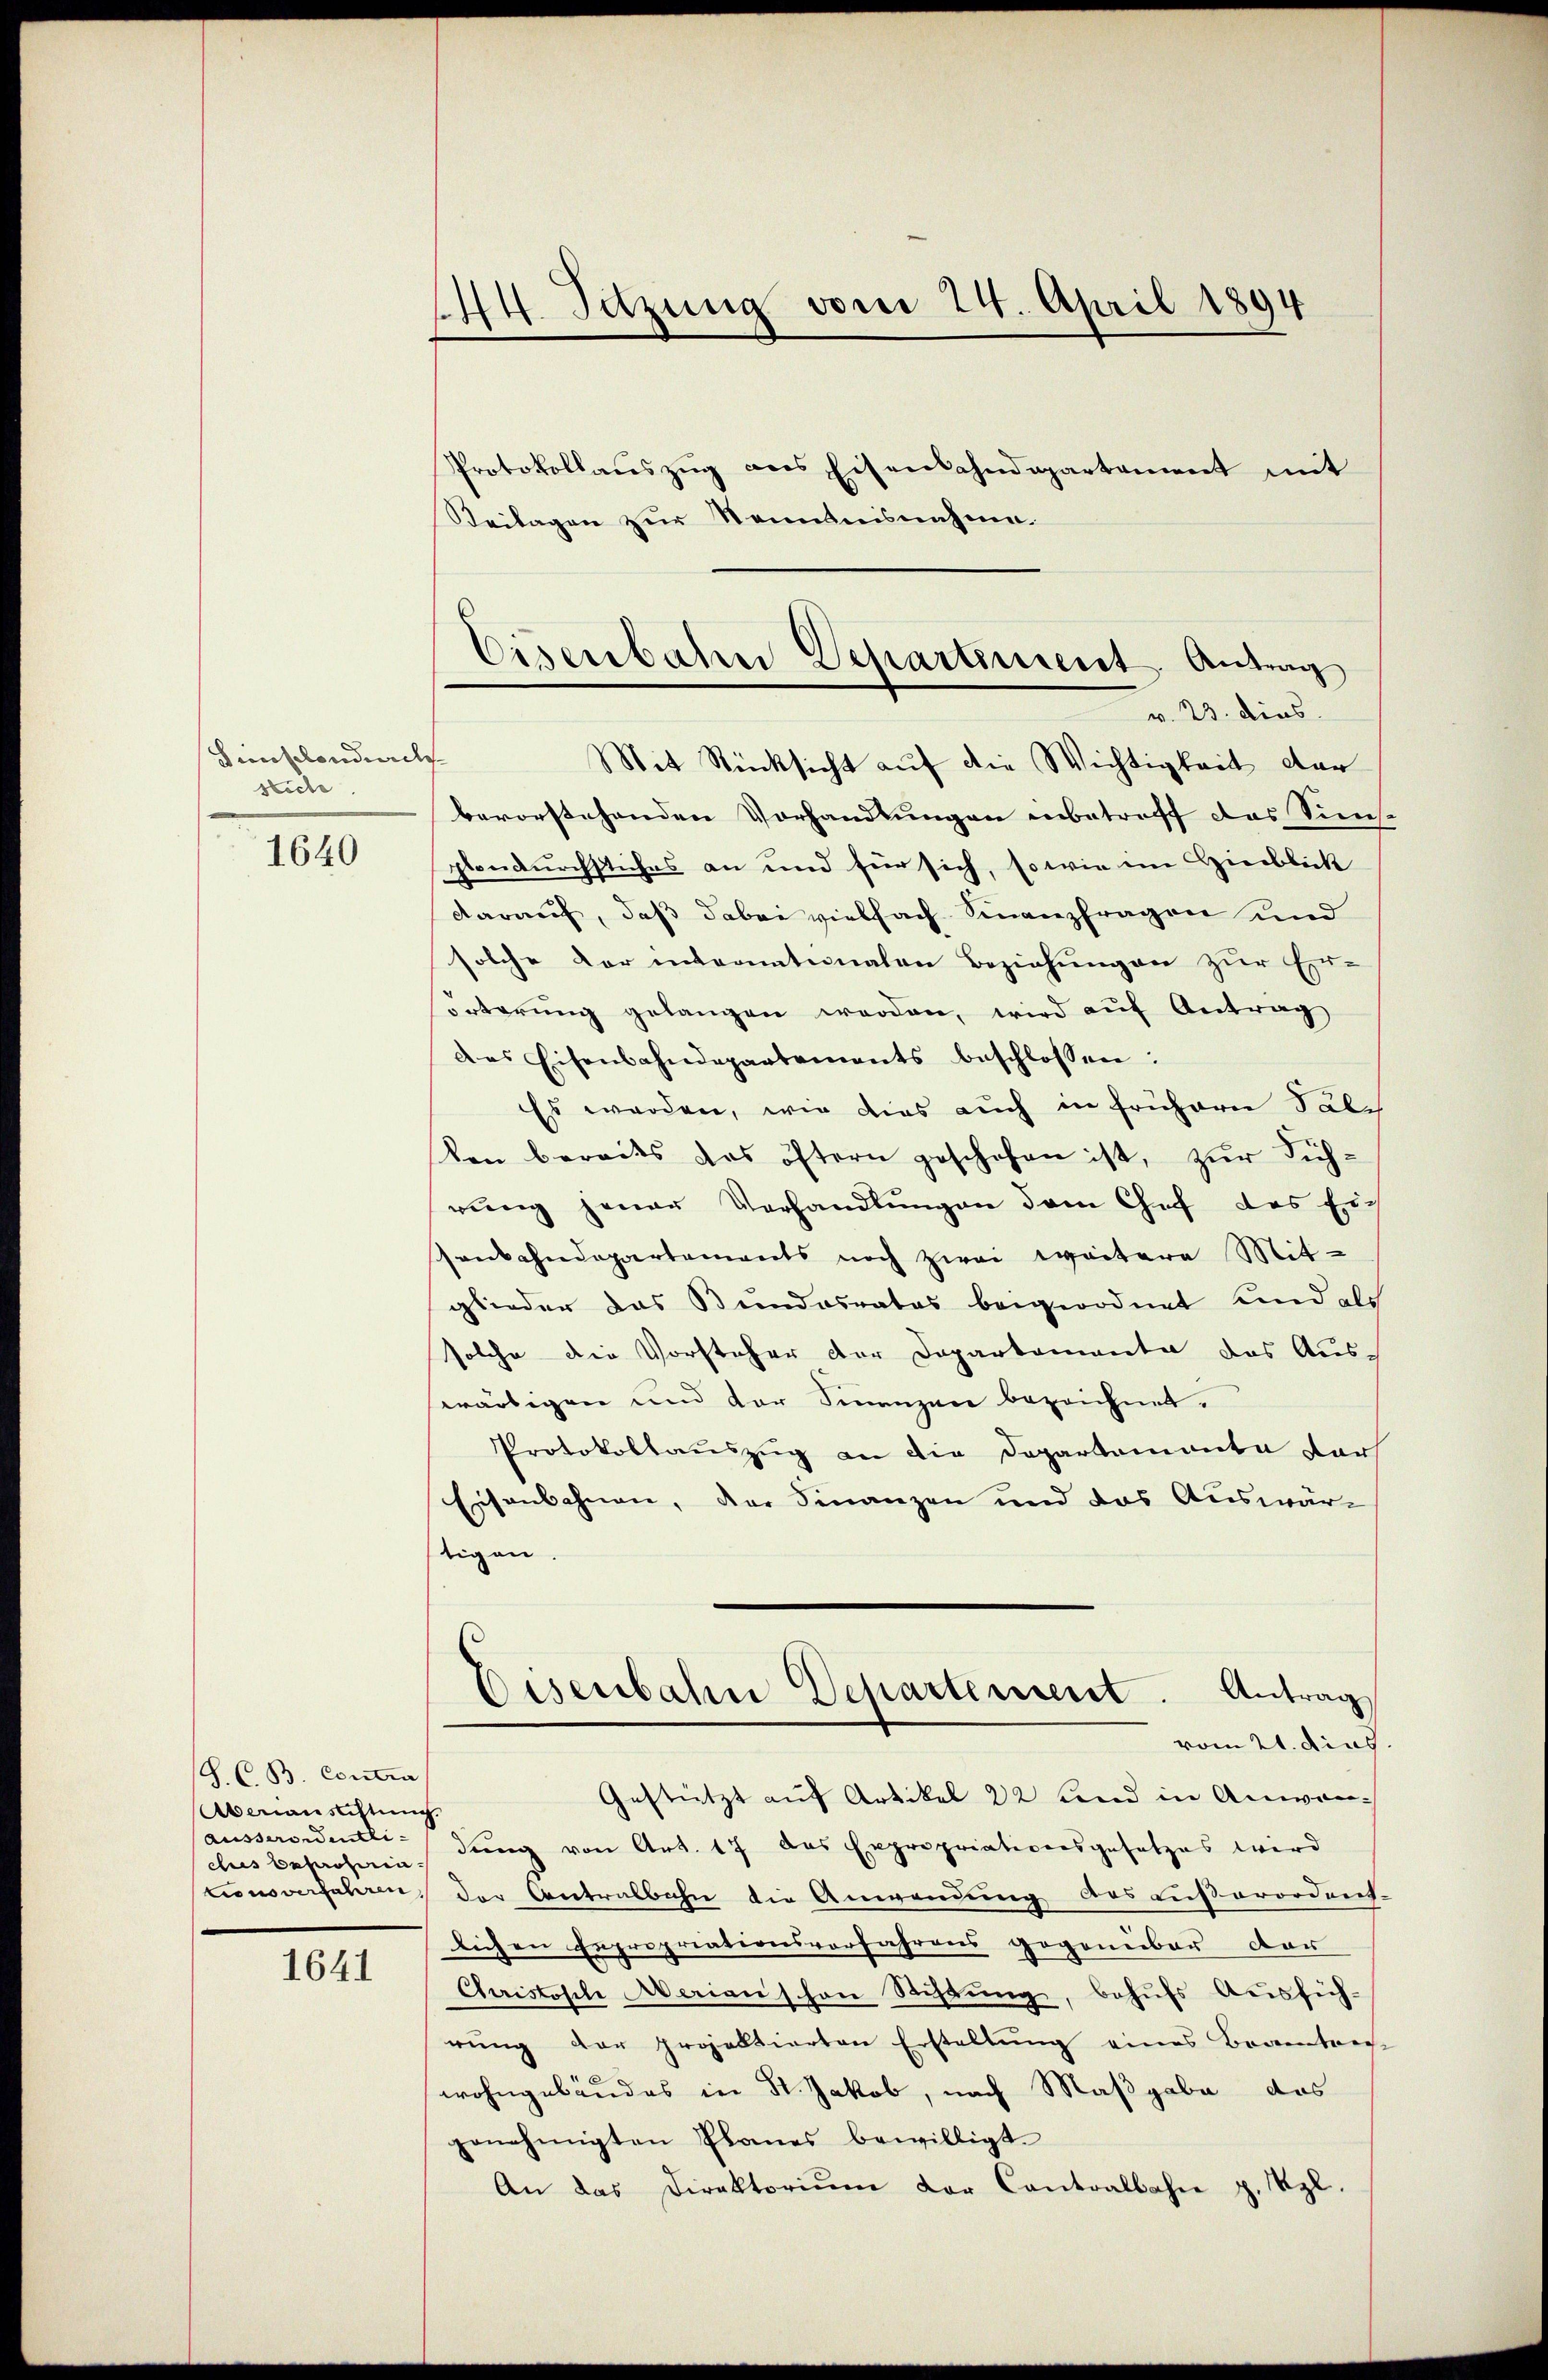
Sincondire
stiche

1640

S. C. B. Contra
Aberansichtung
(ausserordentlicus besachein.
tionsverfahren

1641

144. Setzung vom 24. April 1894
Protokollaŭszŭg ans Eisenbahndepartament mit

Beilagen zur Nenntnisnahme.
Mit Rücksicht auf die Wichtigkeit der
bevorstehenden Vorhandlungen inbetreff das Sünsplondurchstiches an und für sich, so wie im Hinblick
darauf, daß dabei vielfach Finanzfragen und
solche der internationalen Beziehungen zur Er-
rterung gelangen werden, wird auf Antrag
das Eisenbahndepartements beschlossen:
Es werden, wie dies auch in Frühern Tale
ten bereits das öftern geschehen ist, zur Sichrung jener Verhandlungen dem Chef des Eich
senbahndepartements noch zwei weitere Mit-
glieder das Bundesrates beigeordnet und als
solche die Vorsteher der Departemente das Aus-
wärtigen und der Finanzen bezeichnet.
Protokollauszug an die Departemonta dars
Eisenbahnen, der Finanzen und das Auswärtigen
Eisenbahn Departement. Antrag
vom 21. dies
Gestützt auf Artikel 22 und in Anwendung von Art. 17 das Expropriationsgesetzes wird
der Centralbahn die Anwendung des außerordent.
lichen Expropriationsvorfahrens gegenüber der
Churistisch erian schon Stiftŭng, behŭfs Ausfüh-
rŭng der projektierten Erstellŭng eines Beantree
wohngebäudes in St. Jakob, nach Maßgabe das
genehmigten Planes bewilligt.
An das Direktoriŭm der Cantoalbahn z. Szl.

Eisenbahn Departiment. Antrag
v. 23. dies